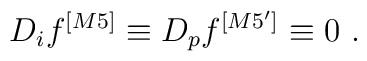
D_if^{[M5]}\equiv D_pf^{[M5']}\equiv 0~.